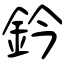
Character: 鈐